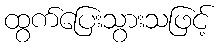
ထွက်ပြေးသွားသဖြင့်